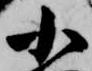
小